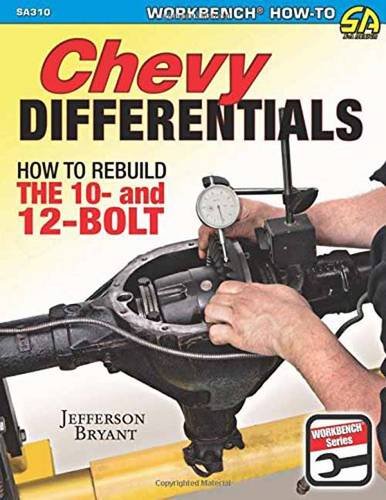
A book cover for Chevy Differentials: How to Rebuild the 10- and 12-Bolt; Jefferson Bryant; Engineering & Transportation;